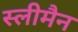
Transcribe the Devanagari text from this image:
स्‍लीमैन